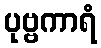
ပုဗ္ဗကာရံ